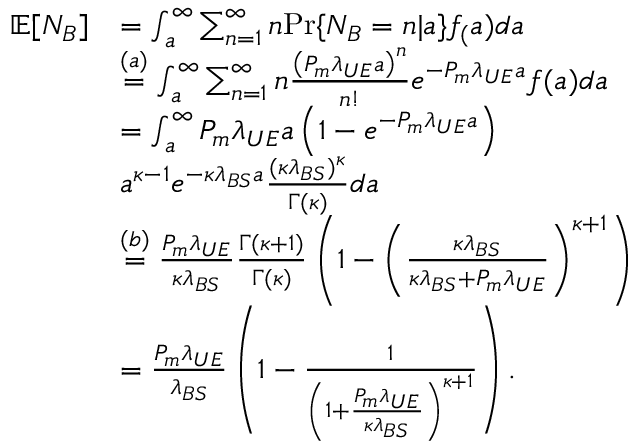
\begin{array} { r l } { \mathbb { E } [ N _ { B } ] } & { = \int _ { a } ^ { \infty } \sum _ { n = 1 } ^ { \infty } { n } \mathrm { { P r } } \{ N _ { B } = n | a \} f _ ( a ) d a } \\ & { \stackrel { { ( a ) } } { = } \int _ { a } ^ { \infty } \sum _ { n = 1 } ^ { \infty } { n } \frac { \left( P _ { m } \lambda _ { U E } a \right) ^ { n } } { n ! } e ^ { - P _ { m } \lambda _ { U E } a } f _ { } ( a ) d a } \\ & { = \int _ { a } ^ { \infty } { P _ { m } \lambda _ { U E } a } \left( 1 - e ^ { - P _ { m } \lambda _ { U E } a } \right) } \\ & { a ^ { \kappa - 1 } e ^ { - \kappa \lambda _ { B S } a } \frac { ( \kappa \lambda _ { B S } ) ^ { \kappa } } { \Gamma ( \kappa ) } d a } \\ & { \stackrel { { ( b ) } } { = } \frac { P _ { m } \lambda _ { U E } } { \kappa \lambda _ { B S } } \frac { \Gamma ( \kappa + 1 ) } { \Gamma ( \kappa ) } \left( 1 - \left( \frac { \kappa \lambda _ { B S } } { \kappa \lambda _ { B S } + P _ { m } \lambda _ { U E } } \right) ^ { \kappa + 1 } \right) } \\ & { = \frac { P _ { m } \lambda _ { U E } } { \lambda _ { B S } } \left( 1 - \frac { 1 } { \left( 1 + \frac { P _ { m } \lambda _ { U E } } { \kappa \lambda _ { B S } } \right) ^ { \kappa + 1 } } \right) . } \end{array}